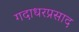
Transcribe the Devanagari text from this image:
गदाधरप्रसाद